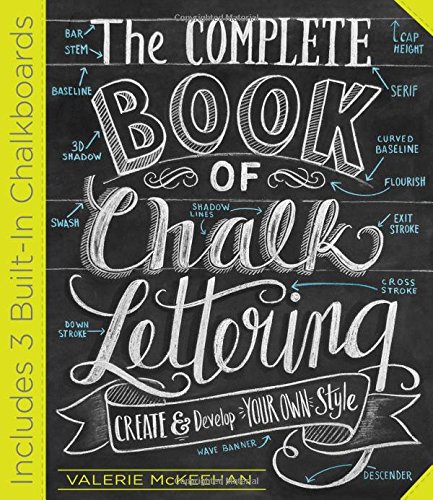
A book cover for The Complete Book of Chalk Lettering: Create and Develop Your Own Style; Valerie McKeehan; Crafts, Hobbies & Home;